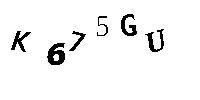
K675GU